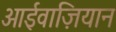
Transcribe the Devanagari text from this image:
आईवाज़ियान